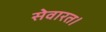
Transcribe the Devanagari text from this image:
सेवारत।